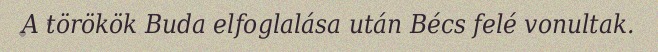
A törökök Buda elfoglalása után Bécs felé vonultak.